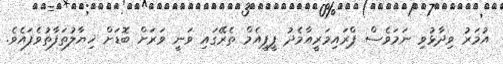
އުމަރު ވިދާޅުވި ނަމަވެސް ޕްރައިމަރީއާމެދު ޕީޕީއެމް ތެރޭގައި ވަނީ ވަރަށް ބޮޑަށް ޚިޔާލުތަފާތުވެފައެވެ.